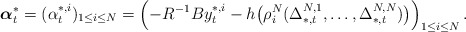
\begin{align*}\boldsymbol{\alpha}_t^*=(\alpha_t^{*,i})_{1\leq i\leq N}=\left(-R^{-1}By_t^{*,i}-h\big(\rho_i^N(\Delta^{N,1}_{*,t},\ldots,\Delta^{N,N}_{*,t})\big)\right)_{1\leq i\leq N}.\end{align*}